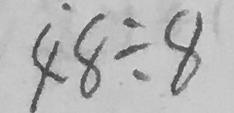
4 8 \div 8